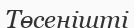
Төсенішті